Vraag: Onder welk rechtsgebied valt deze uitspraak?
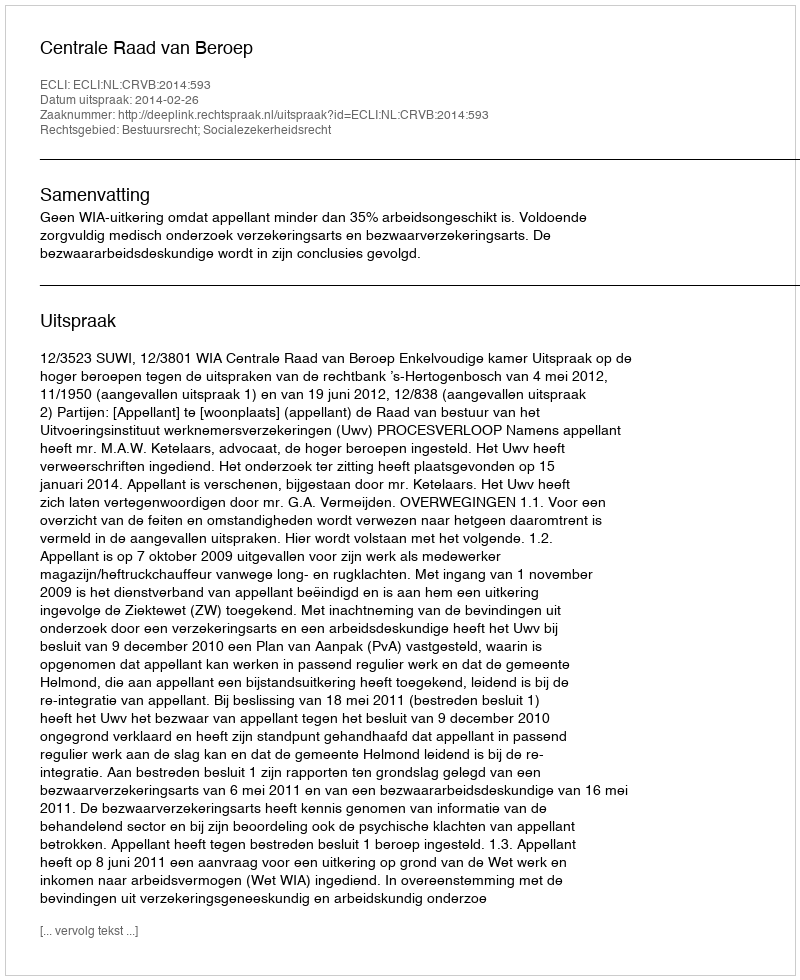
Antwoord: Bestuursrecht; Socialezekerheidsrecht